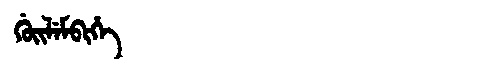
Manchu: ᡤᡠᡳᠯᡝᠮᠪᡳᡥᡝ
Romanization: GUILEMBIHE